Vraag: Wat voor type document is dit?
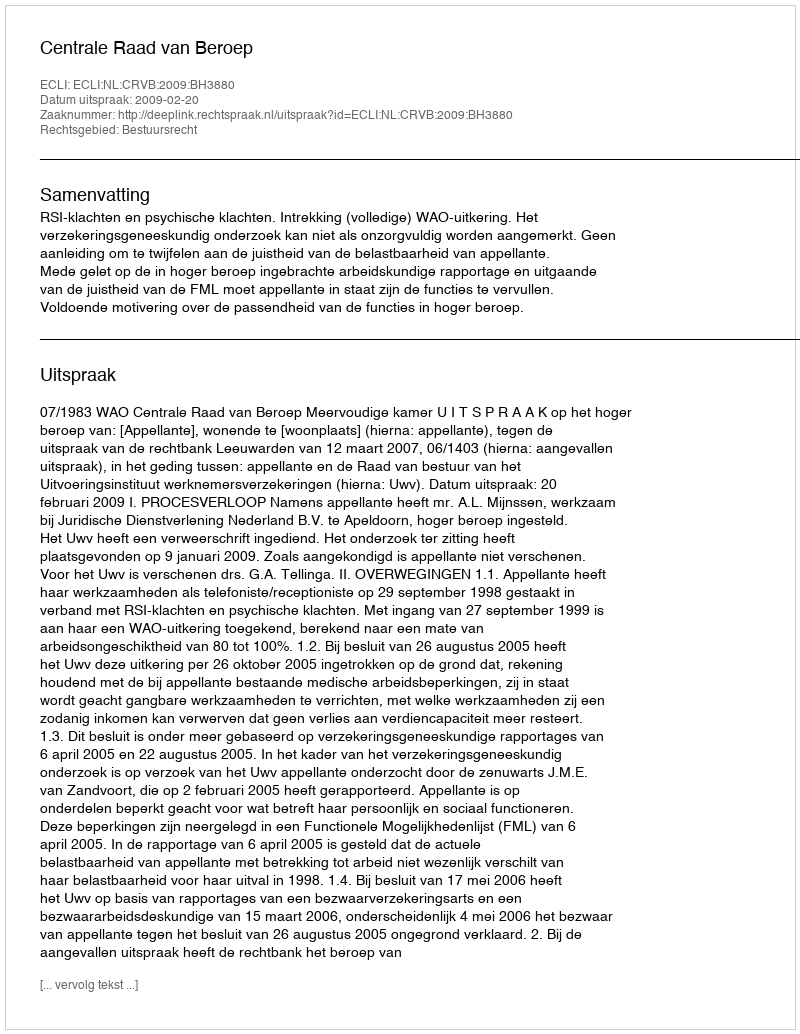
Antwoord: Uitspraak